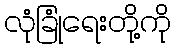
လုံခြုံရေးတို့ကို